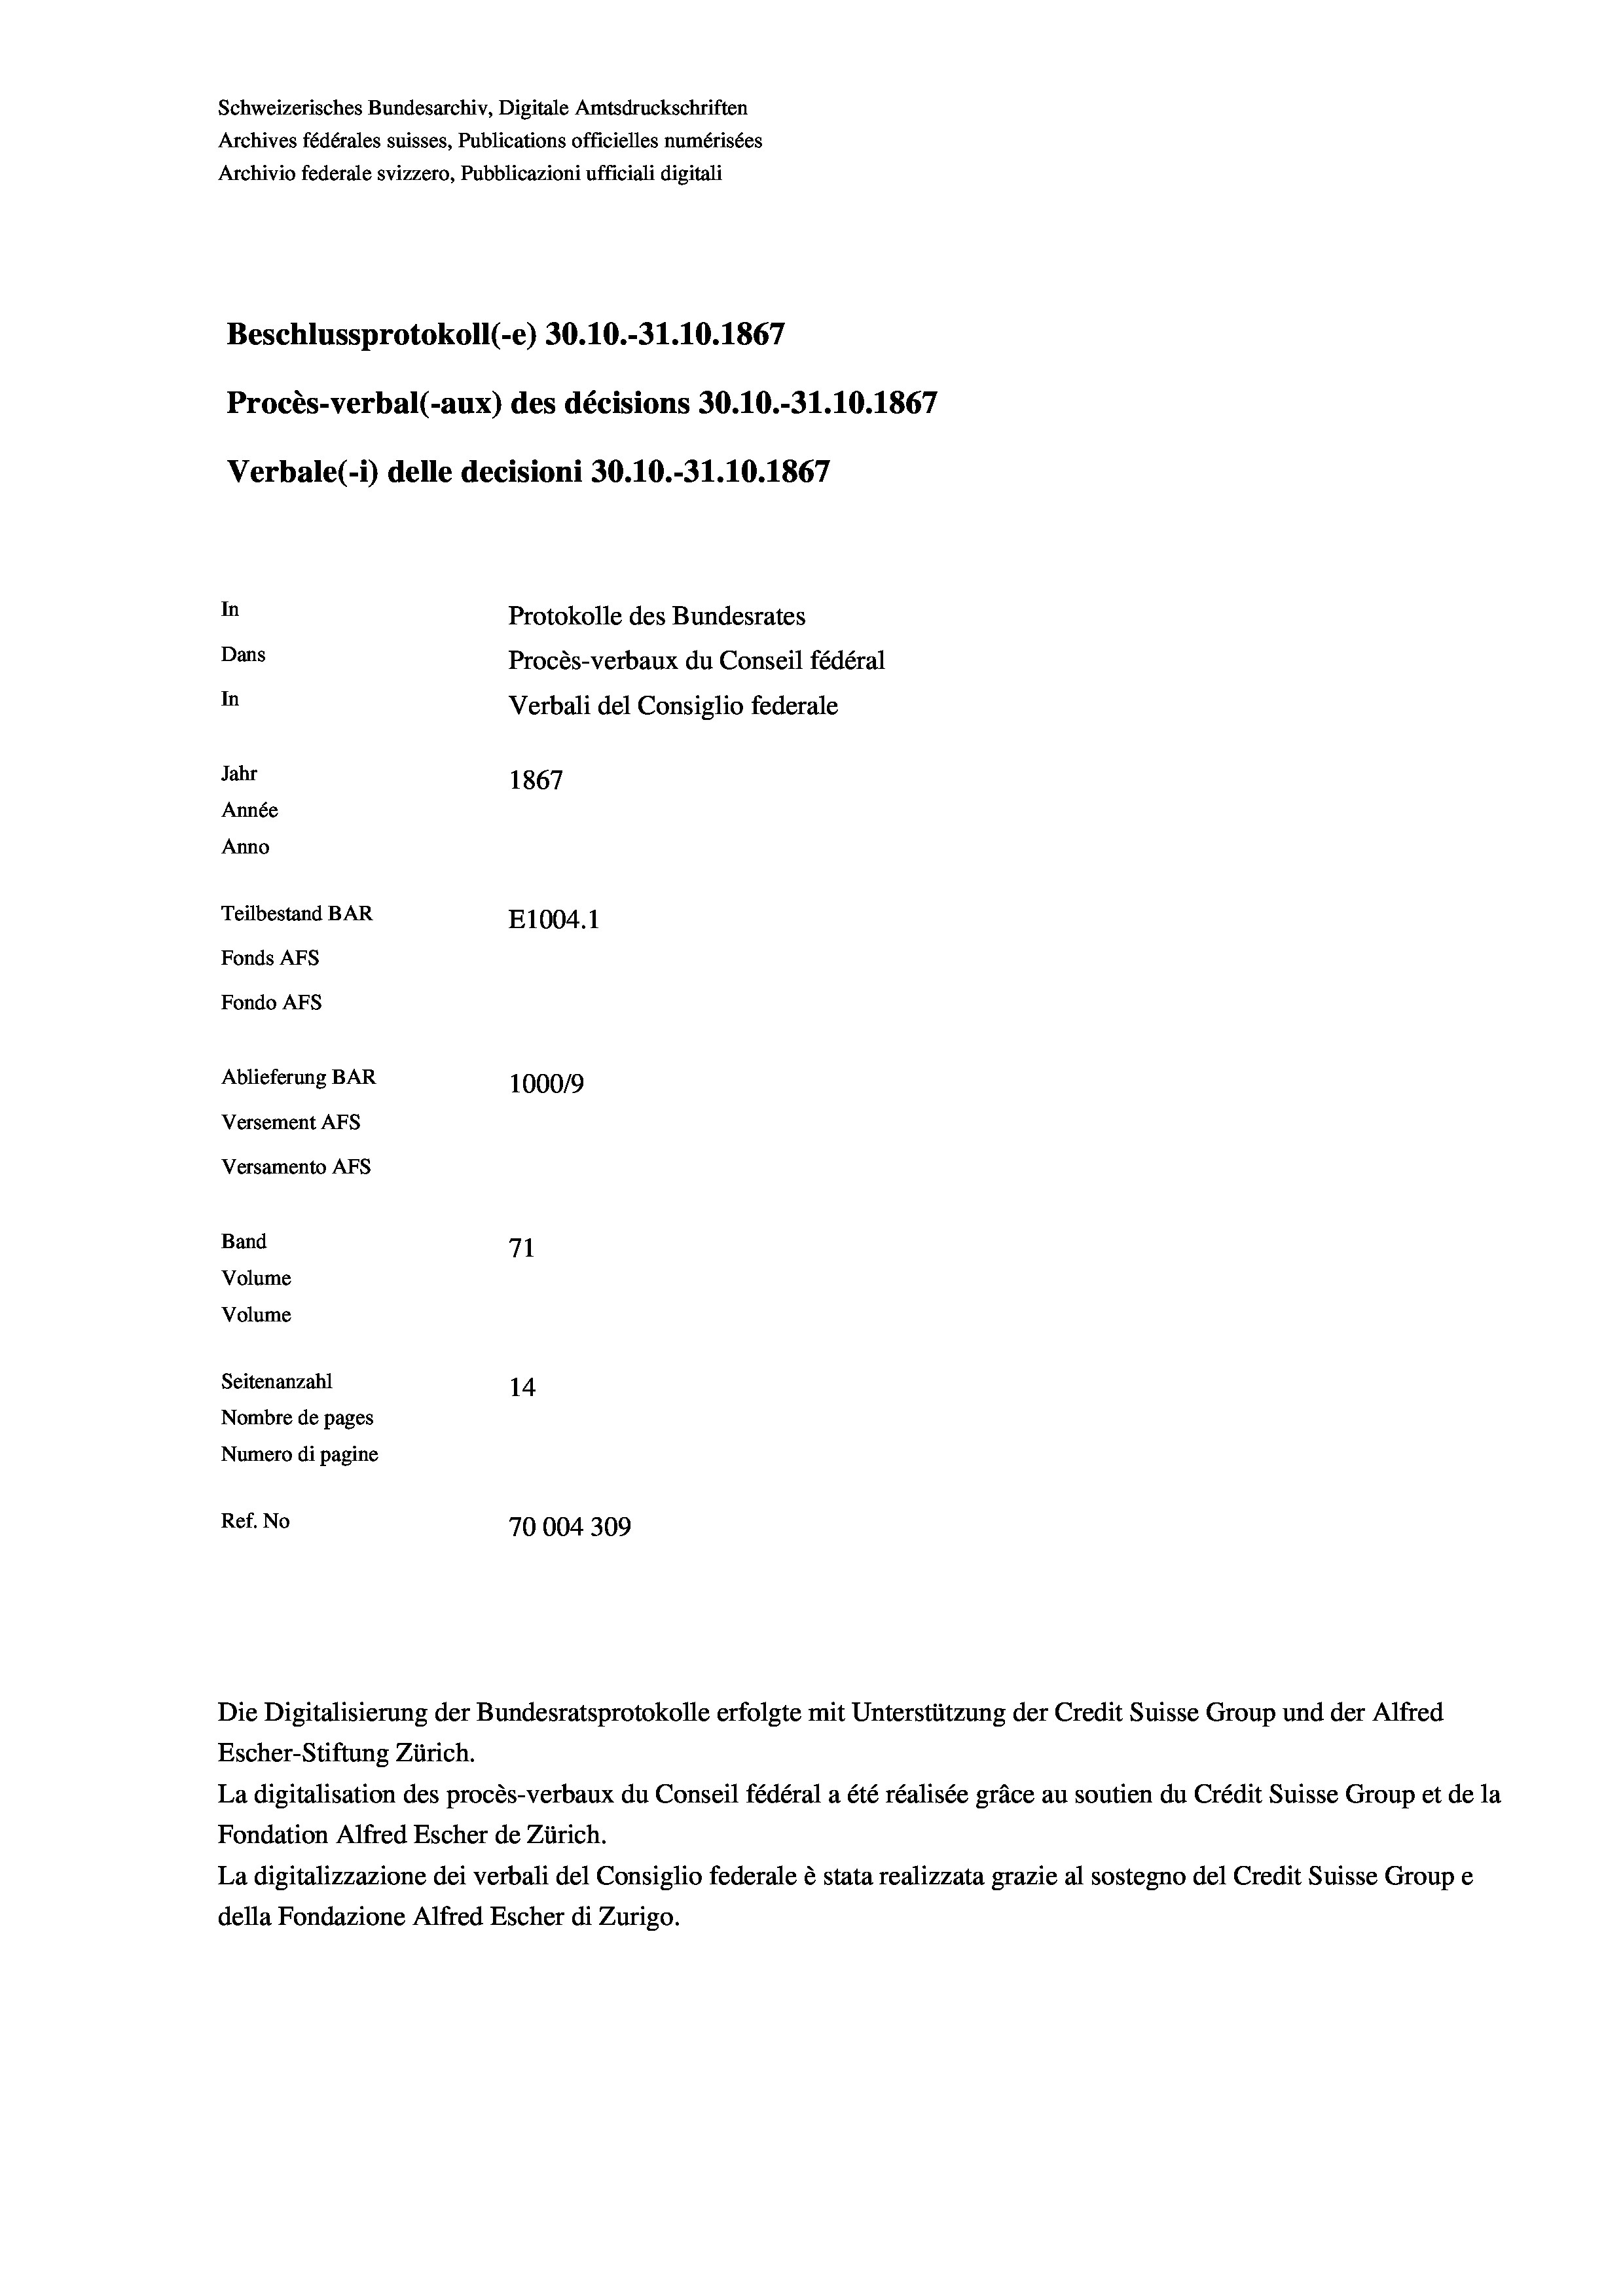
Schweizerisches Bundesarchiv, Digitale Amtsdruckschriften
Archives fédérales suisses, Publications officielles numérisées
Archivio federale svizzero, Pubblicazioni ufficiali digitali
Beschlussprotokoll (-e) 30.10.-31.10.1867
Procès-verbal (-aux) des décisions 30.10.-31.10.1867
Verbale(-*) delle decisioni 30.10.-31.10.1867
In
Protokolle des Bundesrates
Dans
Procès-verbaux du Conseil fédéral
In
Verbali del Consiglio federale
Jahr
1867
Année
Anno
Teilbestand BAR
E1004.1
Fonds AFs
Fondo AFS
Ablieferung BAR
100019
Versement AFs
Versamento AFs
Band
71
Volume
Volume
Seitenanzahl
14
Nombre de pages
Numero di pagine
Ref. No
70004309

La digitalisation des procès-verbaux du Conseil fédéral a été réalisée gräce au soutien du Crédit Suisse Group et de la
Fondation Alfred Escher de Zürich.
La digitalizzazione dei verbali del Consiglio federale è stata realizzata grazie al sostegno del Credit Suisse Groupe
della Fondazione Alfred Escher di Zurigo.

Die Digitalisierung der Bundesratsprotokolle erfolgte mit Unterstützung der Credit Suisse Group und der Alfred
Escher-Stiftung Zürich.